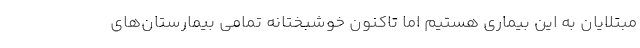
مبتلایان به این بیماری هستیم اما تاکنون خوشبختانه تمامی بیمارستان‌های